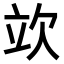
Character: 𣢦